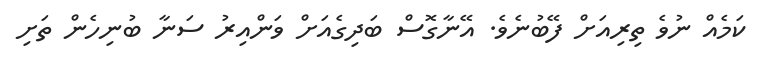
ކަމެއް ނުވެ ތިރިއަށް ފޭބުނެވެ. އޭނާގޮސް ބަދިގެއަށް ވަންއިރު ސަނާ ބުނިހެން ތަށި